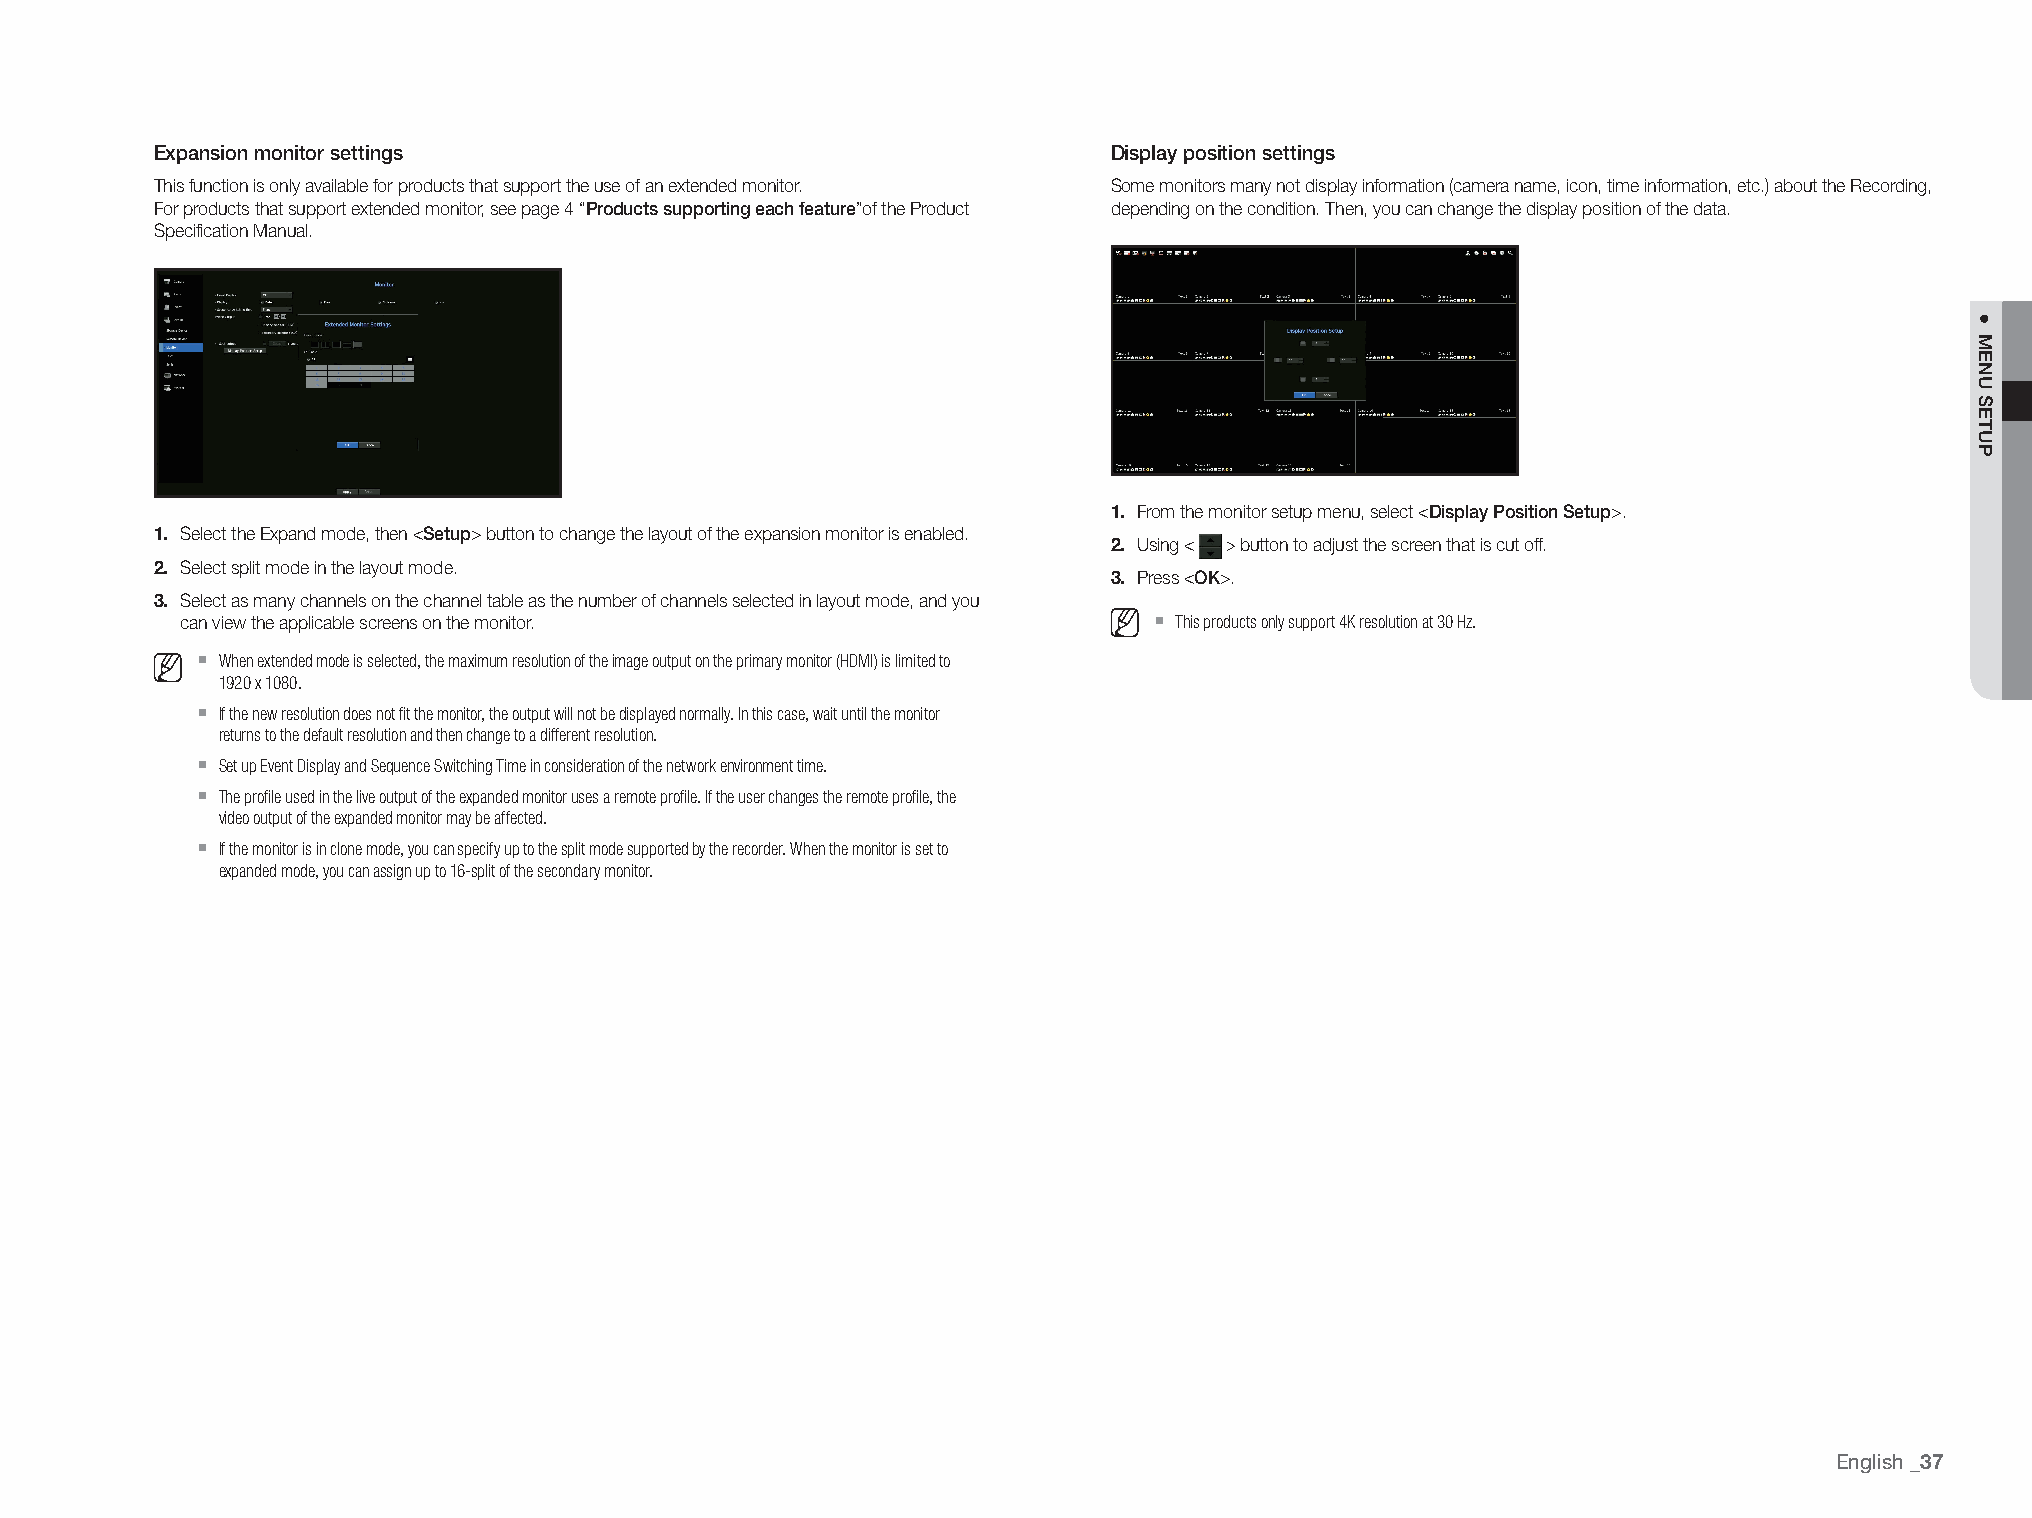
Expansion monitor settings                                      Display position settings
 This function is only available for products that support the use of an extended monitor. Some monitors many not display information (camera name, icon, time information, etc.) about the Recording,
 For products that support extended monitor, see page 4 “Products supporting each feature”of the Product depending on the condition. Then, you can change the display position of the data.
 Specification Manual.
 1. From the monitor setup menu, select <Display Position Setup>.
 1. Select the Expand mode, then <Setup> button to change the layout of the expansion monitor is enabled. 2. Using < > button to adjust the screen that is cut off.
 2. Select split mode in the layout mode.                        3. Press <OK>.
 3. Select as many channels on the channel table as the number of channels selected in layout mode, and you
 `
 can view the applicable screens on the monitor.                   This products only support 4K resolution at 30 Hz.
 `
 When extended mode is selected, the maximum resolution of the image output on the primary monitor (HDMI) is limited to
 1920 x 1080.
 `
 If the new resolution does not fit the monitor, the output will not be displayed normally. In this case, wait until the monitor
 returns to the default resolution and then change to a different resolution.
 `
 Set up Event Display and Sequence Switching Time in consideration of the network environment time.
 `
 The profile used in the live output of the expanded monitor uses a remote profile. If the user changes the remote profile, the
 video output of the expanded monitor may be affected.
 `
 If the monitor is in clone mode, you can specify up to the split mode supported by the recorder. When the monitor is set to
 expanded mode, you can assign up to 16-split of the secondary monitor.
 English
 _37
 ●
 MENU
 SETUP